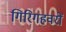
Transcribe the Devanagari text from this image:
गिरिगहवरों